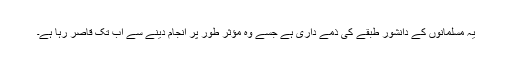
یہ مسلمانوں کے دانشور طبقے کی ذمے داری ہے جسے وہ مؤثر طور پر انجام دینے سے اب تک قاصر رہا ہے۔